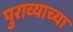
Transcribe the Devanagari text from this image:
पुराव्याच्या